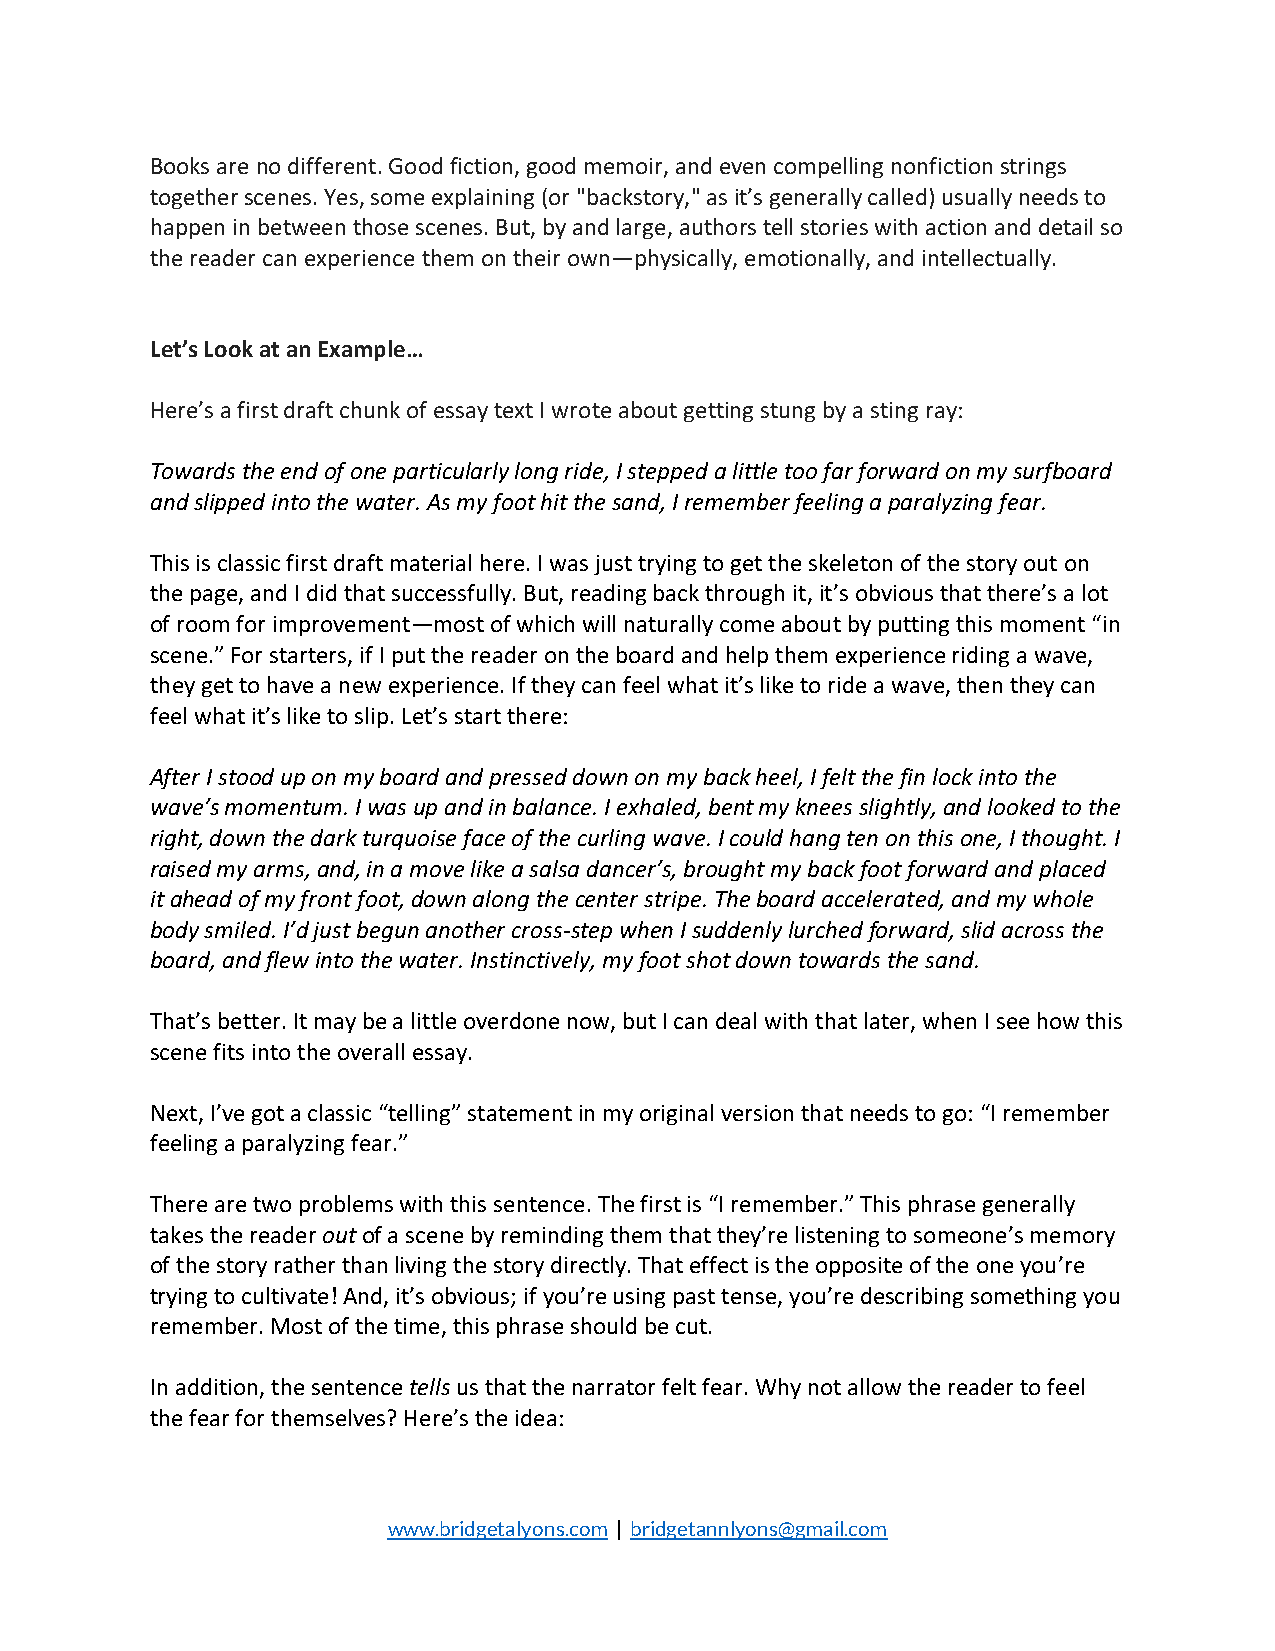
Books are no different. Good fiction, good memoir, and even compelling nonfiction strings
 together scenes. Yes, some explaining (or "backstory," as it’s generally called) usually needs to
 happen in between those scenes. But, by and large, authors tell stories with action and detail so
 the reader can experience them on their own—physically, emotionally, and intellectually.
 Let’s Look at an Example…
 Here’s a first draft chunk of essay text I wrote about getting stung by a sting ray:
 Towards the end of one particularly long ride, I stepped a little too far forward on my surfboard
 and slipped into the water. As my foot hit the sand, I remember feeling a paralyzing fear.
 This is classic first draft material here. I was just trying to get the skeleton of the story out on
 the page, and I did that successfully. But, reading back through it, it’s obvious that there’s a lot
 of room for improvement—most of which will naturally come about by putting this moment “in
 scene.” For starters, if I put the reader on the board and help them experience riding a wave,
 they get to have a new experience. If they can feel what it’s like to ride a wave, then they can
 feel what it’s like to slip. Let’s start there:
 After I stood up on my board and pressed down on my back heel, I felt the fin lock into the
 wave’s momentum. I was up and in balance. I exhaled, bent my knees slightly, and looked to the
 right, down the dark turquoise face of the curling wave. I could hang ten on this one, I thought. I
 raised my arms, and, in a move like a salsa dancer’s, brought my back foot forward and placed
 it ahead of my front foot, down along the center stripe. The board accelerated, and my whole
 body smiled. I’d just begun another cross-step when I suddenly lurched forward, slid across the
 board, and flew into the water. Instinctively, my foot shot down towards the sand.
 That’s better. It may be a little overdone now, but I can deal with that later, when I see how this
 scene fits into the overall essay.
 Next, I’ve got a classic “telling” statement in my original version that needs to go: “I remember
 feeling a paralyzing fear.”
 There are two problems with this sentence. The first is “I remember.” This phrase generally
 takes the reader out of a scene by reminding them that they’re listening to someone’s memory
 of the story rather than living the story directly. That effect is the opposite of the one you’re
 trying to cultivate! And, it’s obvious; if you’re using past tense, you’re describing something you
 remember. Most of the time, this phrase should be cut.
 In addition, the sentence tells us that the narrator felt fear. Why not allow the reader to feel
 the fear for themselves? Here’s the idea:
 www.bridgetalyons.com | bridgetannlyons@gmail.com